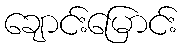
ချောင်းမြောင်း